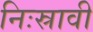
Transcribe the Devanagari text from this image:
निःस्रावी